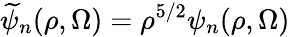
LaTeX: \widetilde{\psi}_{n}(\rho,\Omega)=\rho^{5/2}\psi_{n}(\rho,\Omega)